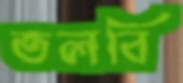
তলবি